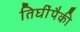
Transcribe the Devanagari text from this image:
तिघींपैकी